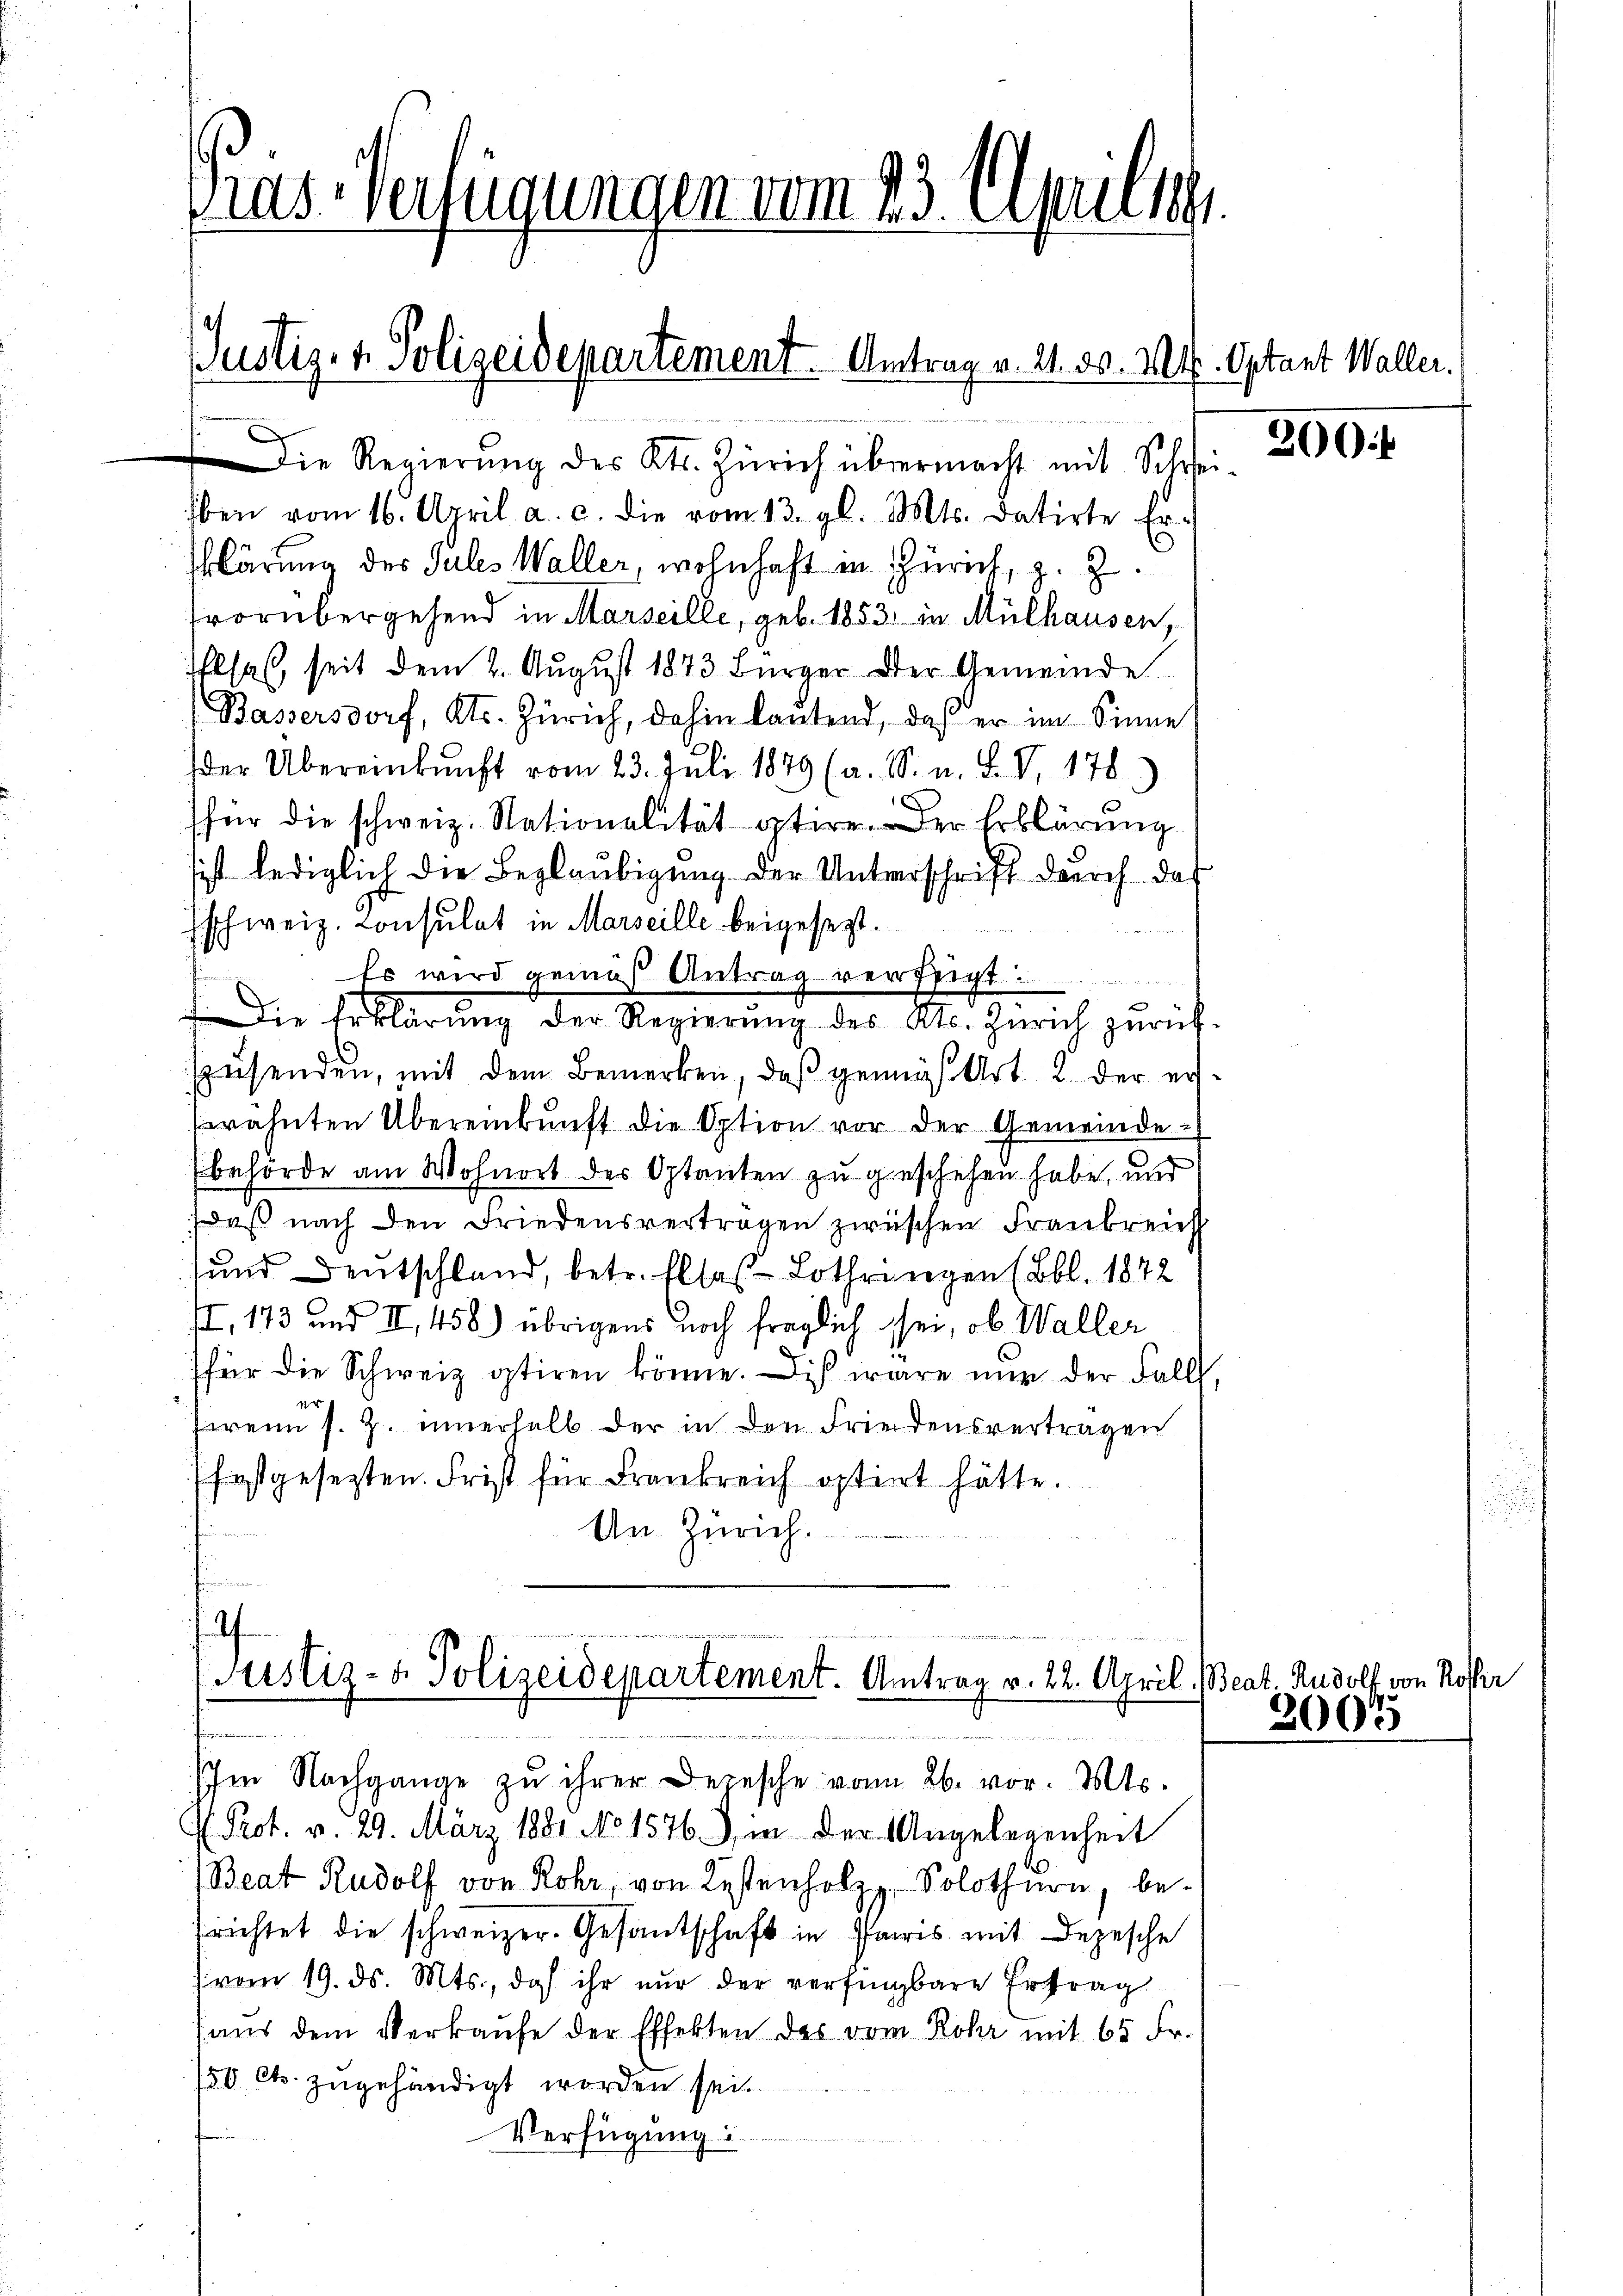
Kas-Verfügungen vom 23. Sept 1891

Justiz- & Polizeidepartement. Antrag v. 21. d. Mts. Optant Waller.

Die Regierŭng des Kts. Zürich übermacht mit Schrei-
ben vom 16. April a. c. die vom 13. gl. Mts. datirte Er-
klärung des Jules Waller, wohnhaft in Zürich, z. Z.
vorübergehend in Marseille, geb. 1853 in Mülhausen,
Elsas, seit dem 2. August 1873 Bürger der Gemeinde
Bassersdorf, Kts. Zürich, dahin lautend, daß er im Sinne
der Übereinkunft vom 23. Juli 1849 (a. S. n. F. V. 178
.
für die schweiz. Nationalität stire. Der Erklärung
sist lediglich die Beglaubigung der Unterschrift durch das
schweiz. Consulat in Marseille beigesezt.
Es wird gemäß Antrag verftigt
Die Erklärŭng der Regierŭng des Kts. Zürich zurück-
spesenden, mit dem Bemerken, daβ gemis Art 2 der ererähnten Übereinkunft die Option vor der Gemeinde-
behörde am Wohnort der Optanten zu geschehen habe, und
daβ nach den Friedensverträgen zwischen Frankreich
) und Deutschland, betr. Elles Lothringen (Bbl. 1872
II, 173 und II, 458) übrigens noch fraglich sei, ob Waller
für die Schweiz stiren könne. Dieß wäre nur der Fall,
er
wenn s. Z. innerhalb der in den Friedensvertragen
(festgesezten. Frist für Frankreich optiert hätte.
An Zürich.

2
5
Justiz- & Polizeidepartement. Antrag v. 22. April, Beat. Rudolf von Rosser
t

Im Nachgange zŭ ihrer Depesche von 26. vor. Mts.

J. Prot. v. 29. März 1881 No 1576), in der Angelegenheit
Beat Rudolf von Rohr, von Kostenholz, Solothurn, befrichtet die schweizer. Gesantschaft in Paris mit Depesche
(vom 19. ds. Mts., doch ihr nur der verfingbare Ertrag
haŭs dem Verkaŭfe der Effekten des vom Rohr mit 65 Fr.
/50 cts. zugehändigt worden sei.
Verfügung

200.

3007